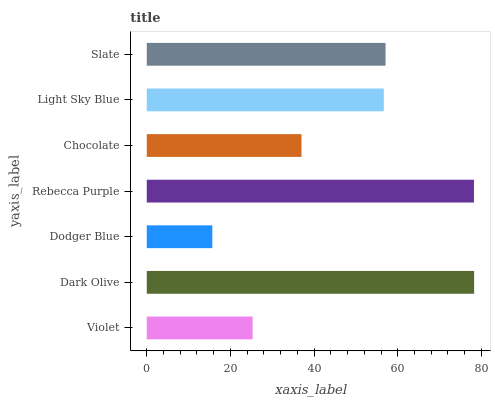
| yaxis_label | bars |
 | --- | --- |
 | Violet | 25.3 |
 | Dark Olive | 78.3 |
 | Dodger Blue | 15.7 |
 | Rebecca Purple | 78.2 |
 | Chocolate | 37 |
 | Light Sky Blue | 56.7 |
 | Slate | 57.1 |